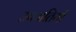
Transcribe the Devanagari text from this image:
उपजतियाँ